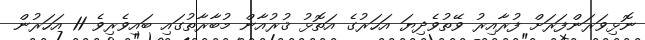
ނޮޅިވަރަންފަރަށް ފުރާއިރު ވޭތުވެދިޔަ އަހަރުގެ އަތޮޅު ޤުރުއާން މުބާރާތުގައި ބައިވެރިވެ 11 އަހަރުން